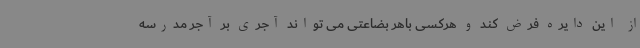
از این دایره فرض کند و هرکسی باهر بضاعتی می تواند آجری بر آجر مدرسه